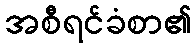
အစီရင်ခံစာ၏